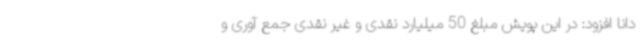
دانا افزود: در این پویش مبلغ 50 میلیارد نقدی و غیر نقدی جمع آوری و